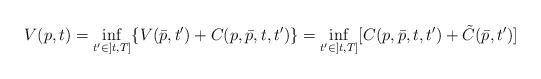
LaTeX: \begin{align*}V(p, t)=\inf_{t'\in]t, T]}\{V(\bar p, t')+C(p, \bar p, t, t')\}=\inf_{t'\in]t, T]}[C(p, \bar p, t, t')+\tilde C(\bar p, t')]\end{align*}